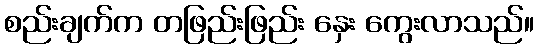
စည်းချက်က တဖြည်းဖြည်း နှေး ကွေးလာသည်။